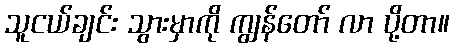
သူငယ်ချင်း သွားမှာကို ကျွန်တော် လာ ပို့တာ။